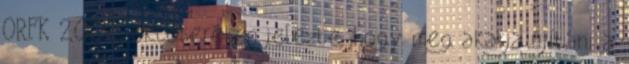
ORFK 2008 októberében jelezte, hogy meg akarja újítani a